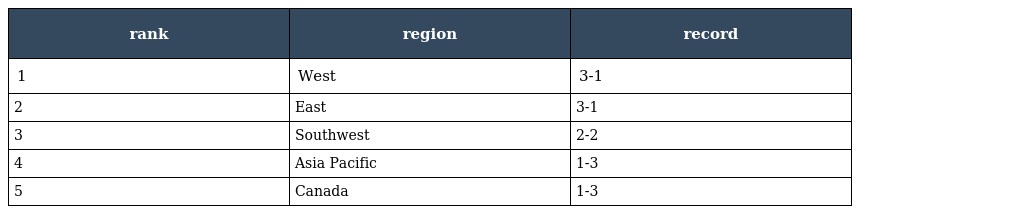
| rank | region | record |
 | --- | --- | --- |
 | 1 | West | 3-1 |
 | 2 | East | 3-1 |
 | 3 | Southwest | 2-2 |
 | 4 | Asia Pacific | 1-3 |
 | 5 | Canada | 1-3 |